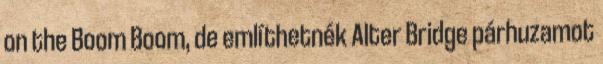
on the Boom Boom, de említhetnék Alter Bridge párhuzamot